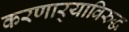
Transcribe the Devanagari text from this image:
करणार्‍याविरुद्ध